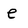
Character: e